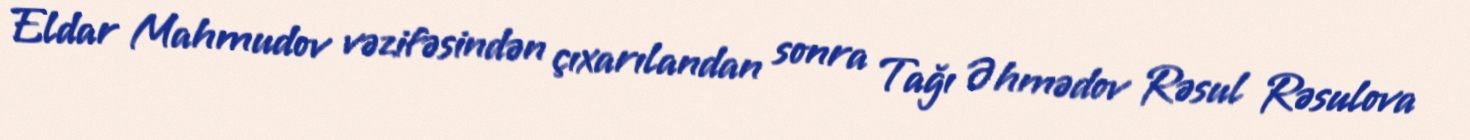
Eldar Mahmudov vəzifəsindən çıxarılandan sonra Tağı Əhmədov Rəsul Rəsulova